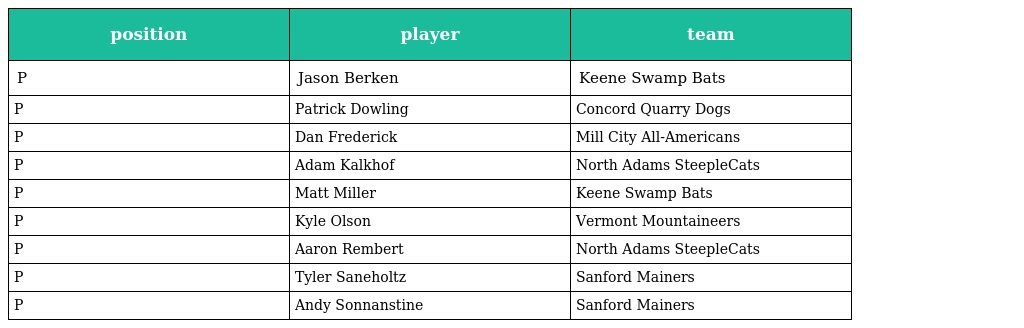
| position | player | team |
 | --- | --- | --- |
 | P | Jason Berken | Keene Swamp Bats |
 | P | Patrick Dowling | Concord Quarry Dogs |
 | P | Dan Frederick | Mill City All-Americans |
 | P | Adam Kalkhof | North Adams SteepleCats |
 | P | Matt Miller | Keene Swamp Bats |
 | P | Kyle Olson | Vermont Mountaineers |
 | P | Aaron Rembert | North Adams SteepleCats |
 | P | Tyler Saneholtz | Sanford Mainers |
 | P | Andy Sonnanstine | Sanford Mainers |